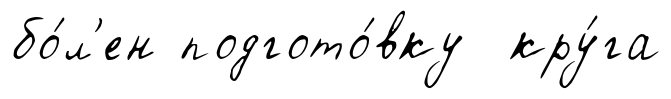
бо́л'ен подгото́вку кру́га